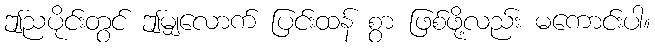
ဤညပိုင်းတွင် ဤမျှလောက် ပြင်းထန် စွာ ဖြစ်ဖို့လည်း မကောင်းပါ။